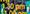
1:30